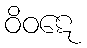
ဝိဝဋေ